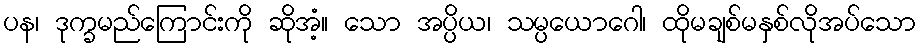
ပန၊ ဒုက္ခမည်ကြောင်းကို ဆိုအံ့။ သော အပ္ပိယ၊ သမ္ပယောဂေါ၊ ထိုမချစ်မနှစ်လိုအပ်သော